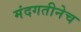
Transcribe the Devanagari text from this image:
मंदगतीनेच